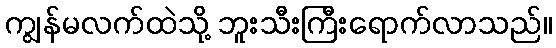
ကျွန်မလက်ထဲသို့ ဘူးသီးကြီးရောက်လာသည်။